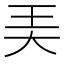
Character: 㺯